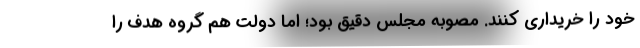
خود را خریداری کنند. مصوبه مجلس دقیق بود؛ اما دولت هم گروه هدف را